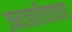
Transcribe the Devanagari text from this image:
जनजातीयतावाद